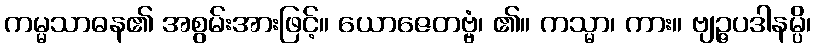
ကမ္မသာဓန၏ အစွမ်းအားဖြင့်။ ယောဇေတဗ္ဗံ၊ ၏။ ကသ္မာ၊ ကား။ ဗျဉ္ဇပဒါနမ္ပိ၊